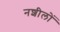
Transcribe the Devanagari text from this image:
नशीलों